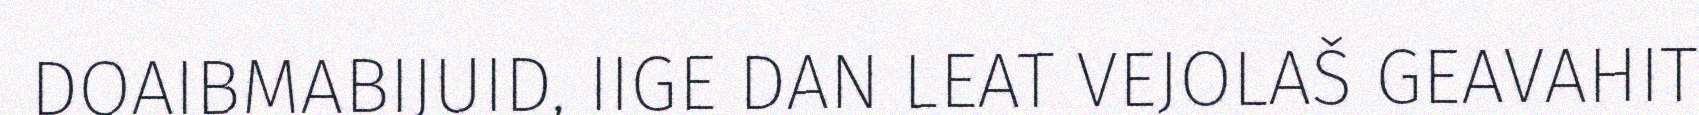
DOAIBMABIJUID, IIGE DAN LEAT VEJOLAŠ GEAVAHIT